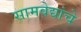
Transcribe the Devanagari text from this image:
सामवेद्यांचे